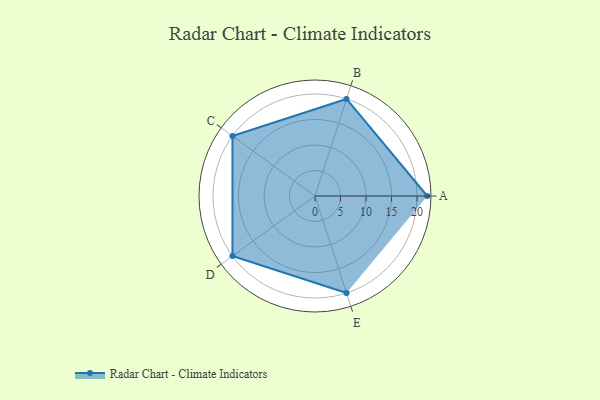
{"axis": {"x": "Skill", "y": "Score"}, "legend": ["Profile"], "data": [{"x": "A", "y": 22.0, "type": "Profile"}, {"x": "B", "y": 20, "type": "Profile"}, {"x": "C", "y": 20, "type": "Profile"}, {"x": "D", "y": 20, "type": "Profile"}, {"x": "E", "y": 20, "type": "Profile"}]}